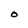
Character: O